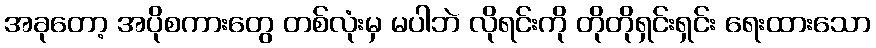
အခုတော့ အပိုစကားတွေ တစ်လုံးမှ မပါဘဲ လိုရင်းကို တိုတိုရှင်းရှင်း ရေးထားသော